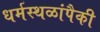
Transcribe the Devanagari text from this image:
धर्मस्थळांपैकी